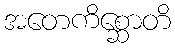
အတေကိစ္ဆောတိ